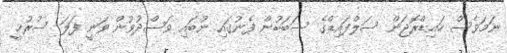
ނަމަވެސް ހައިޑްރޮޖަން ސަލްފައިޑްގެ ސަބަބުން ފެނުގައި ނުބައި ވަސްދުވުން ވަނީ ފަލަ ސުރުޚީ